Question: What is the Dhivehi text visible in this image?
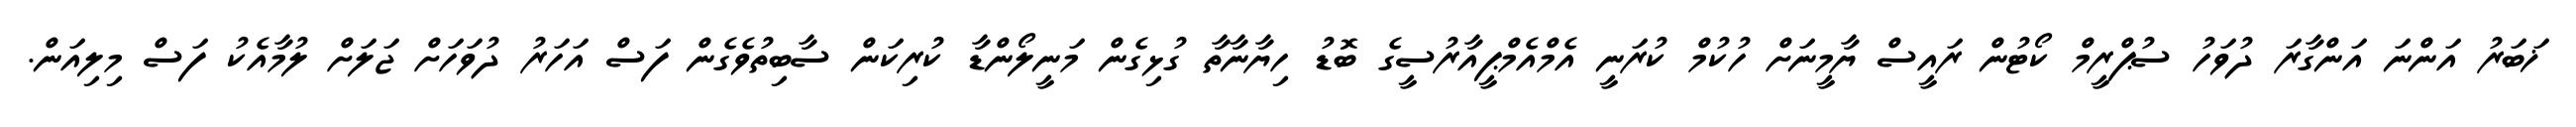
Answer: ޚަބަރު އަންނަ އަންގާރަ ދުވަހު ސުޕްރީމް ކޯޓުން ރައީސް ޔާމީނަށް ހުކުމް ކުރަނީ އެމްއެމްޕީއާރުސީގެ ބޮޑު ހިޔާނާތާ ގުޅިގެން މަނީލޯންޑާ ކުރިކަން ސާބިތުވެގެން ފަސް އަހަރު ދުވަހަށް ޖަލަށް ލުމާއެކު ފަސް މިލިއަން.